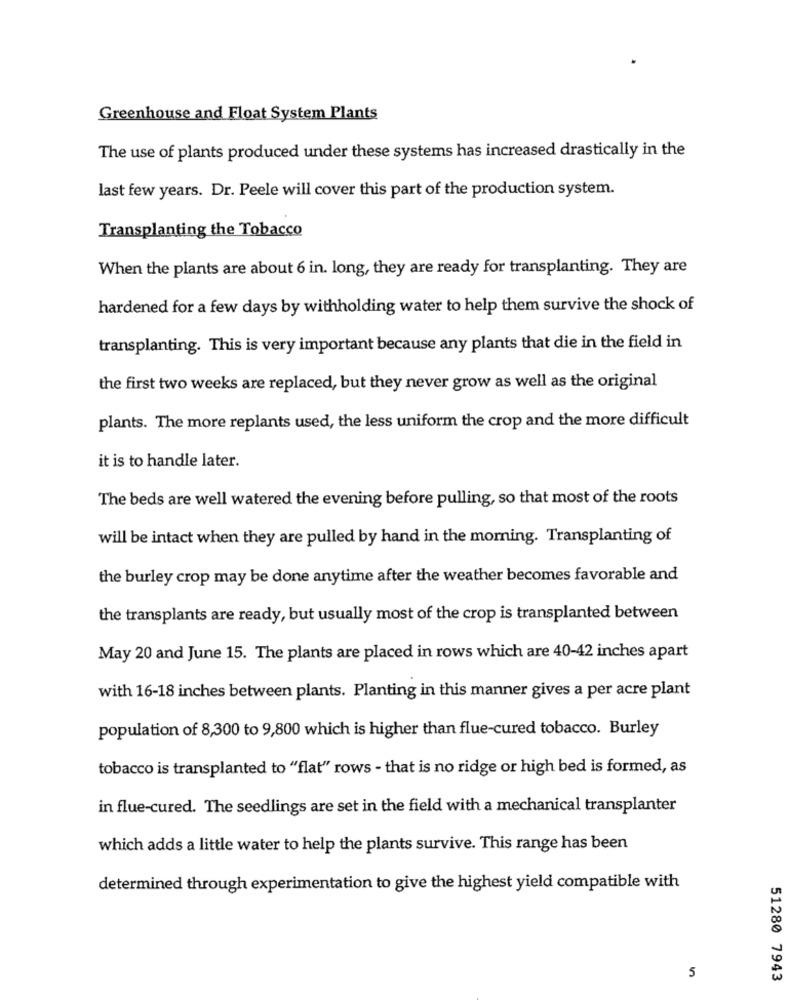
Greenhouse and Float System Plants
The use of plants produced under these systems has increased drastically in the
last few years. Dr. Peele will cover this part of the production system.
Transplanting the Tobacco
When the plants are about 6 in. long, they are ready for transplanting. They are
hardened for a few days by withholding water to help them survive the shock of
transplanting. This is very important because any plants that die in the field in
the first two weeks are replaced, but they never grow as well as the original
plants. The more replants used, the less uniform the crop and the more difficult
it is to handle later.
The beds are well watered the evening before pulling, so that most of the roots
will be intact when they are pulled by hand in the morning. Transplanting of
the burley crop may be done anytime after the weather becomes favorable and
the transplants are ready, but usually most of the crop is transplanted between
May 20 and June 15. The plants are placed in rows which are 40-42 inches apart
with 16-18 inches between plants. Planting in this manner gives a per acre plant
population of 8,300 to 9,800 which is higher than flue-cured tobacco. Burley
tobacco is transplanted to "flat" rows - that is no ridge or high bed is formed, as
in flue-cured. The seedlings are set in the field with a mechanical transplanter
which adds a little water to help the plants survive. This range has been
determined through experimentation to give the highest yield compatible with
5
51280 7943